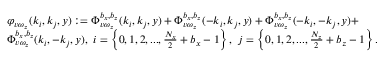
\begin{array} { r l } & { \varphi _ { v \omega _ { z } } ( k _ { i } , k _ { j } , y ) : = \Phi _ { v \omega _ { z } } ^ { b _ { x } , b _ { z } } ( k _ { i } , k _ { j } , y ) + \Phi _ { v \omega _ { z } } ^ { b _ { x } , b _ { z } } ( - k _ { i } , k _ { j } , y ) + \Phi _ { v \omega _ { z } } ^ { b _ { x } , b _ { z } } ( - k _ { i } , - k _ { j } , y ) + } \\ & { \Phi _ { v \omega _ { z } } ^ { b _ { x } , b _ { z } } ( k _ { i } , - k _ { j } , y ) , \ i = \left\{ 0 , 1 , 2 , . . . , \frac { N _ { x } } { 2 } + b _ { x } - 1 \right\} , \ j = \left\{ 0 , 1 , 2 , . . . , \frac { N _ { z } } { 2 } + b _ { z } - 1 \right\} . } \end{array}